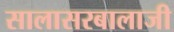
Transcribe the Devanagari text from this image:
सालासरबालाजी